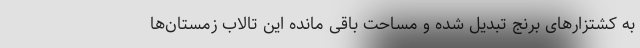
به کشتزارهای برنج تبدیل شده و مساحت باقی مانده این تالاب زمستان‌ها